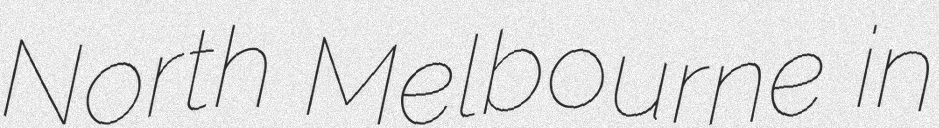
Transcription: North Melbourne in